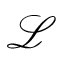
\mathcal { L }